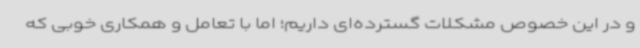
و در این خصوص مشکلات گسترده‌ای داریم؛ اما با تعامل و همکاری خوبی که